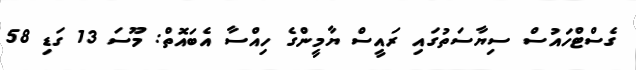
ގެސްޓްހައުސް ސިޔާސަތުގައި ރައީސް ޔާމީންގެ ހިއްސާ އެބައޮތް: މޫސަ 13 ގަޑި 58